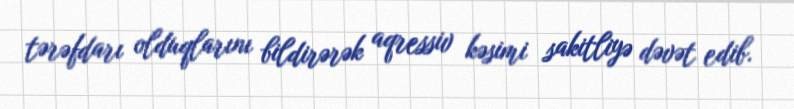
tərəfdarı olduqlarını bildirərək aqressiv kəsimi sakitliyə dəvət edib.